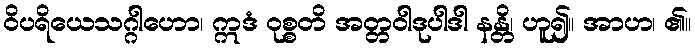
ဝိပရိယေသဂ္ဂါဟော၊ ဣဒံ ဝုစ္စတိ အတ္တဝါဒုပါဒါ နန္တိ၊ ဟူ၍။ အာဟ၊ ၏။